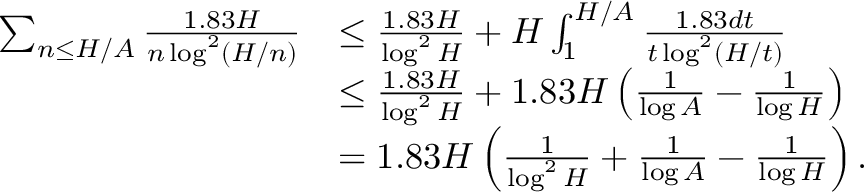
\begin{array} { r l } { \sum _ { n \leq H / A } \frac { 1 . 8 3 H } { n \log ^ { 2 } ( H / n ) } } & { \leq \frac { 1 . 8 3 H } { \log ^ { 2 } H } + H \int _ { 1 } ^ { H / A } \frac { 1 . 8 3 d t } { t \log ^ { 2 } ( H / t ) } } \\ & { \leq \frac { 1 . 8 3 H } { \log ^ { 2 } H } + 1 . 8 3 H \left( \frac { 1 } { \log A } - \frac { 1 } { \log H } \right) } \\ & { = 1 . 8 3 H \left( \frac { 1 } { \log ^ { 2 } H } + \frac { 1 } { \log A } - \frac { 1 } { \log H } \right) . } \end{array}